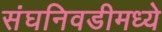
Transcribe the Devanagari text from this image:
संघनिवडीमध्ये